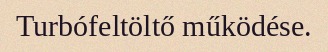
Turbófeltöltő működése.